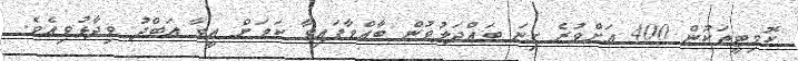
ކޮމިޓީތަކުން 400 އަށްވުރެ ގިނަ ބައްދަލުވުން ބާއްވާފައިވާ ކަމަށް އީވާ އަބްދު ވިދާޅުވިއެވެ.